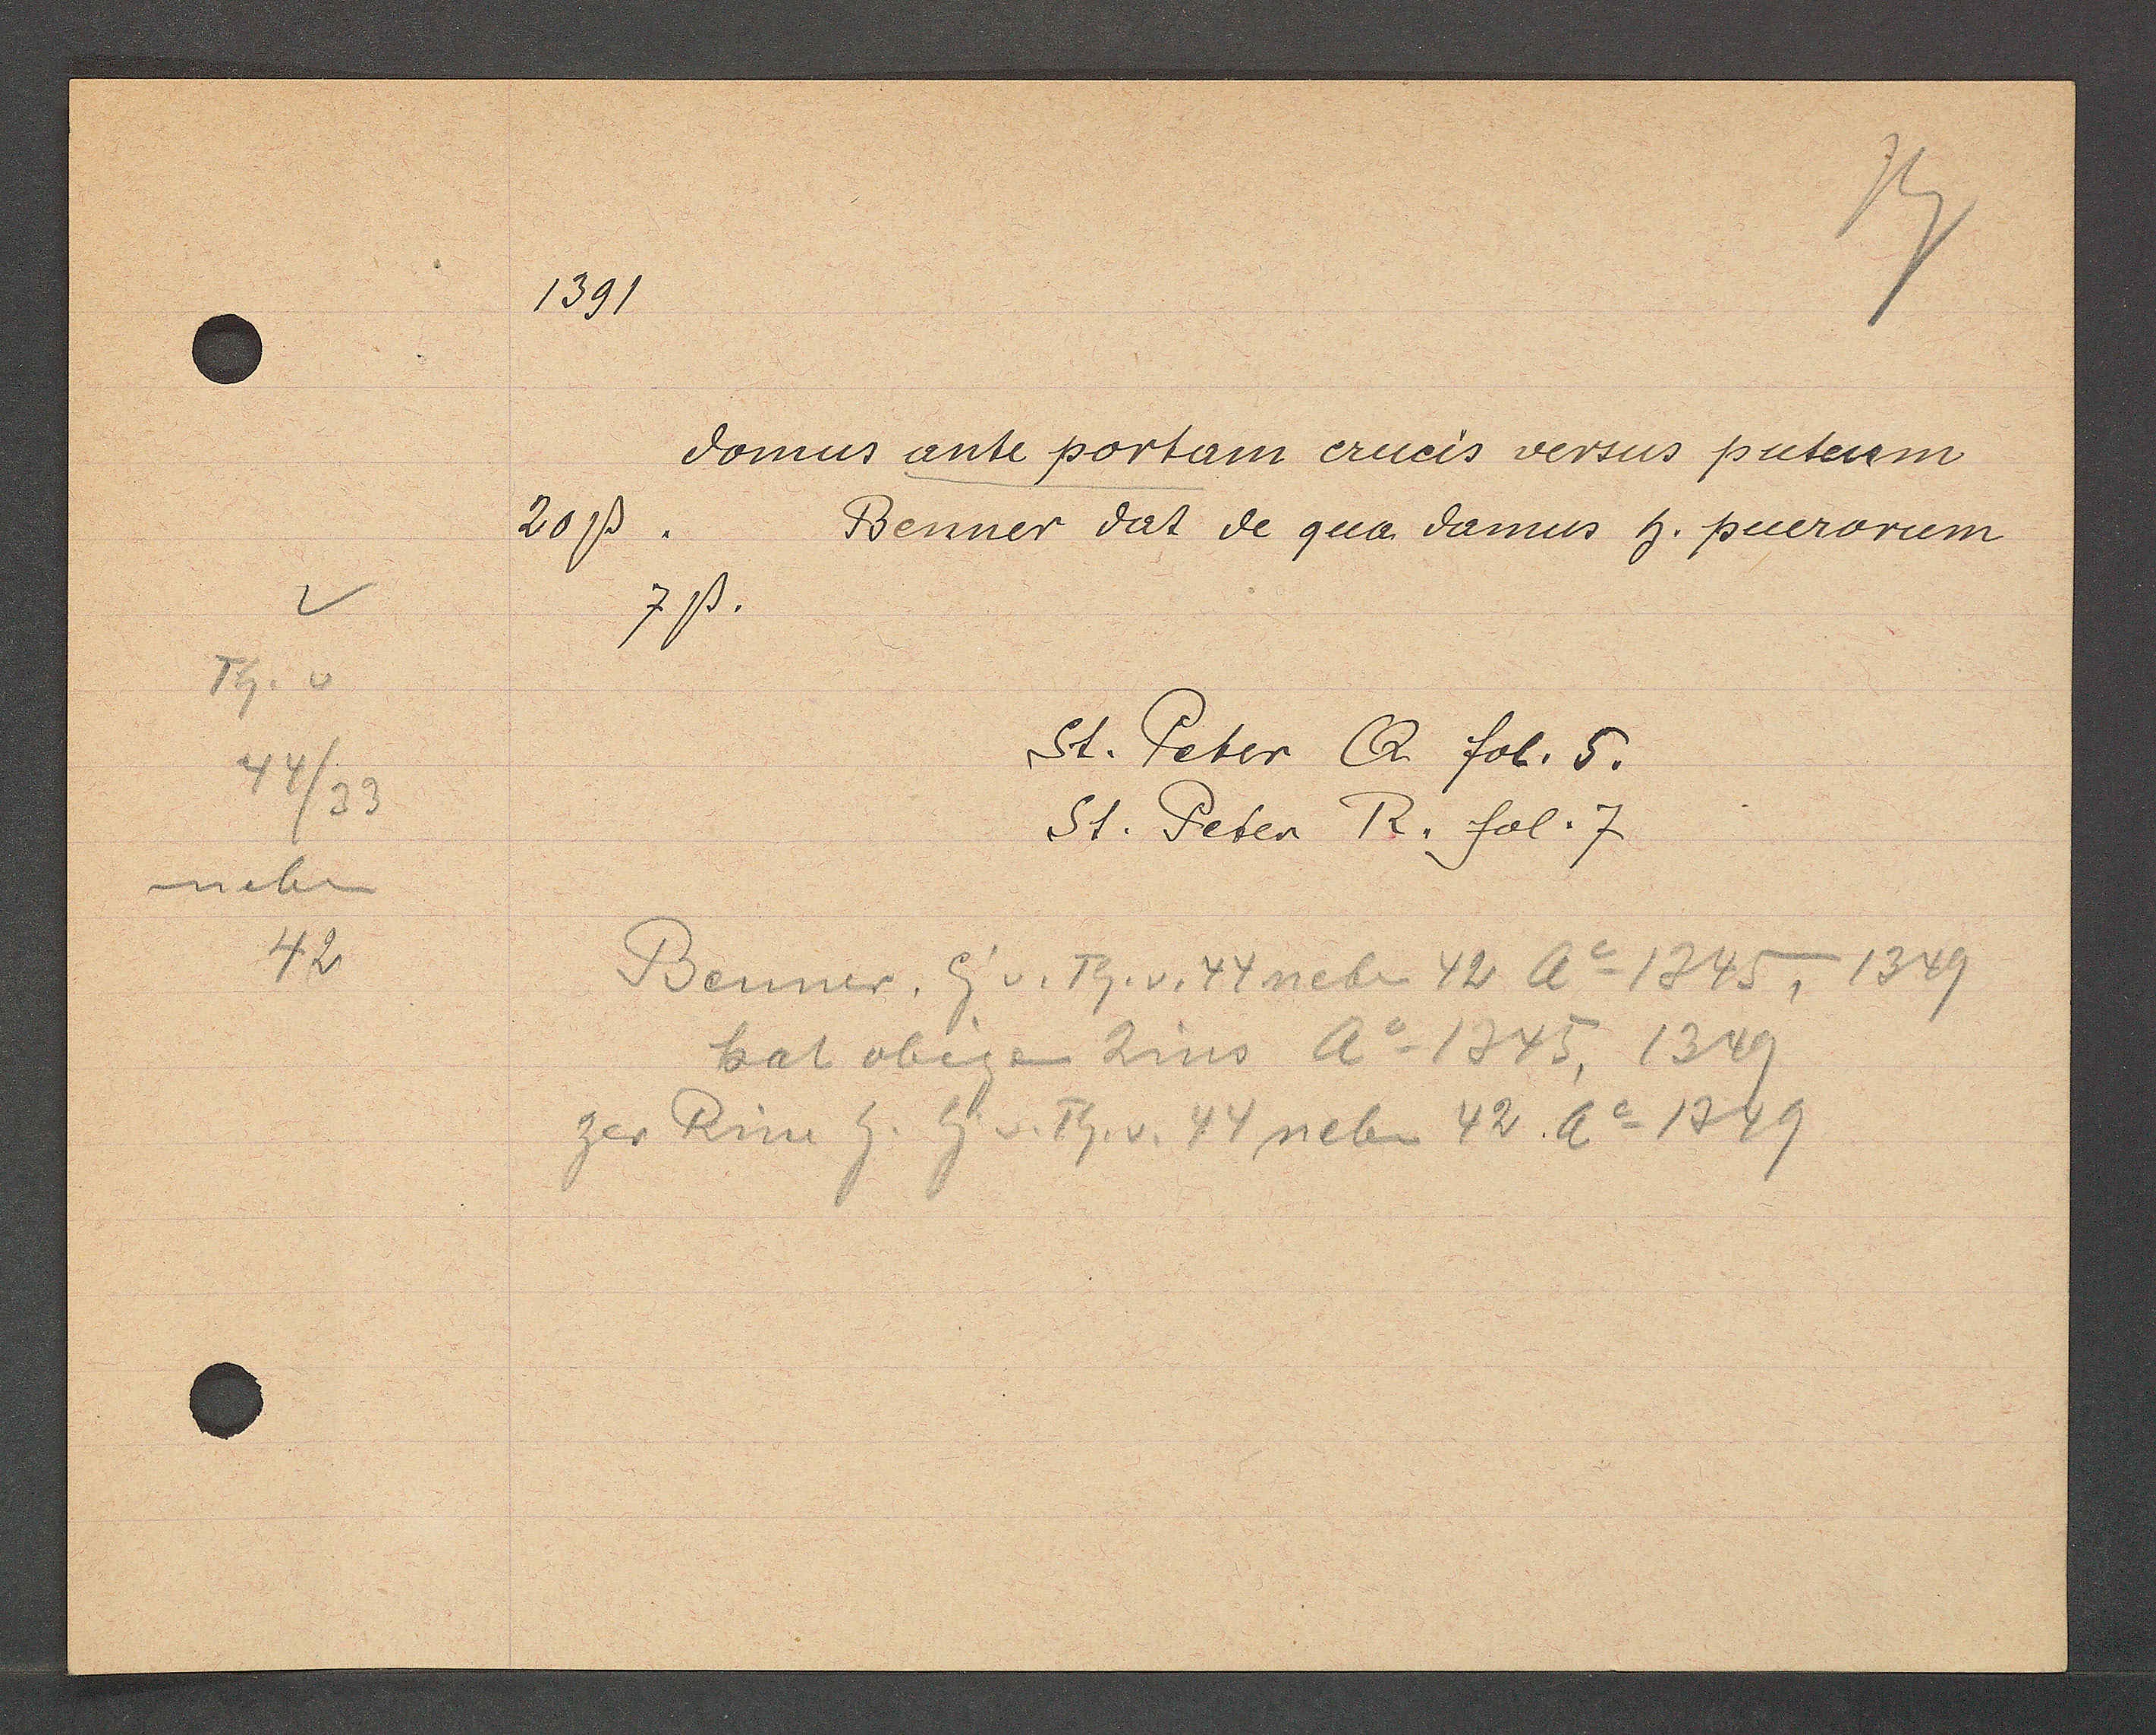
Transcript:
Th. v
neben
v
44/33
42

1391

20ß
domus ante portam crucis versus puteum
7ß.
Benner dat de qua damus h. puerorum

St. Peter Q. fol. 5.
St. Peter R. fol. 7

Benner, Eig v. Th. v. 44 neben 42 Ao 1345, 1349
zer Rin h. Eig v. Th v. 44 neben 42 Ao 1349
hat obigen Zins Ao 1345, 1349